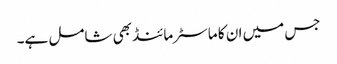
جس میں ان کا ماسٹرمائنڈ بھی شامل ہے۔